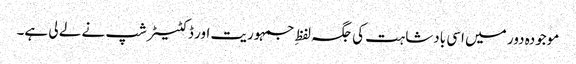
موجودہ دور میں اسی بادشاہت کی جگہ لفظِ جمہوریت اور ڈکٹیٹر شپ نے لے لی ہے۔